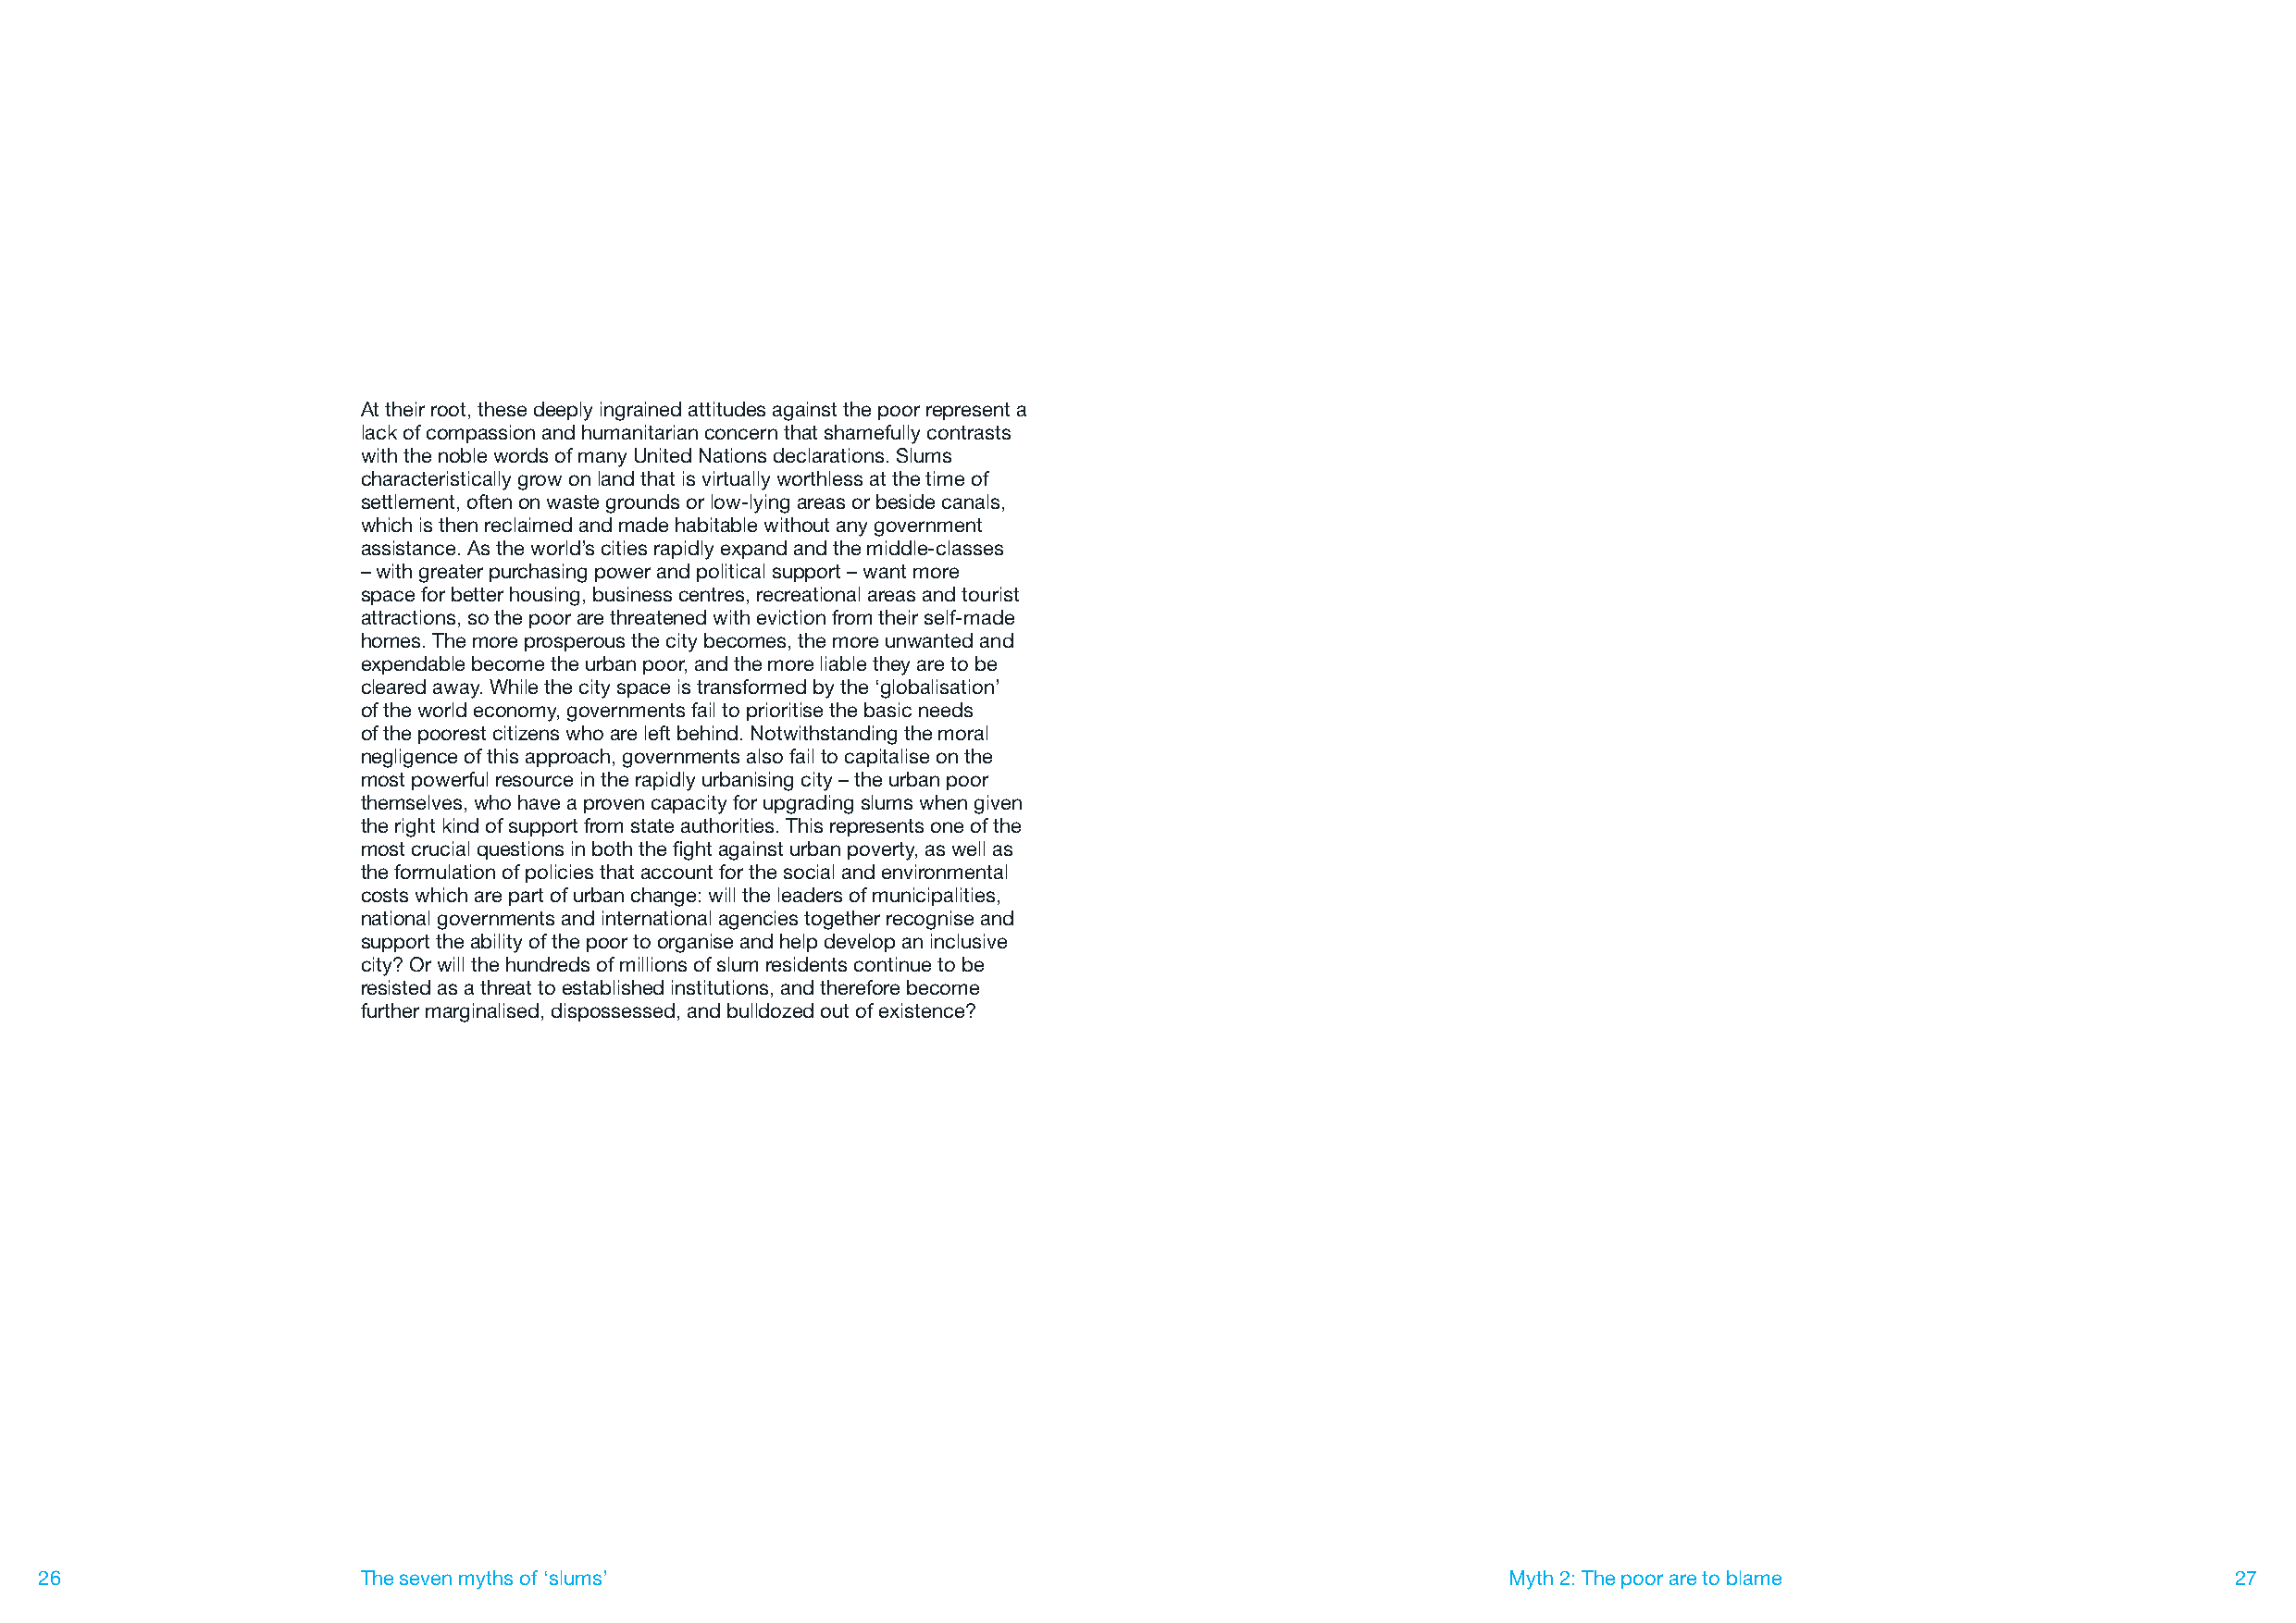
At their root, these deeply ingrained attitudes against the poor represent a
 lack of compassion and humanitarian concern that shamefully contrasts
 with the noble words of many United Nations declarations. Slums
 characteristically grow on land that is virtually worthless at the time of
 settlement, often on waste grounds or low-lying areas or beside canals,
 which is then reclaimed and made habitable without any government
 assistance. As the world’s cities rapidly expand and the middle-classes
 – with greater purchasing power and political support – want more
 space for better housing, business centres, recreational areas and tourist
 attractions, so the poor are threatened with eviction from their self-made
 homes. The more prosperous the city becomes, the more unwanted and
 expendable become the urban poor, and the more liable they are to be
 cleared away. While the city space is transformed by the ‘globalisation’
 of the world economy, governments fail to prioritise the basic needs
 of the poorest citizens who are left behind. Notwithstanding the moral
 negligence of this approach, governments also fail to capitalise on the
 most powerful resource in the rapidly urbanising city – the urban poor
 themselves, who have a proven capacity for upgrading slums when given
 the right kind of support from state authorities. This represents one of the
 most crucial questions in both the fight against urban poverty, as well as
 the formulation of policies that account for the social and environmental
 costs which are part of urban change: will the leaders of municipalities,
 national governments and international agencies together recognise and
 support the ability of the poor to organise and help develop an inclusive
 city? Or will the hundreds of millions of slum residents continue to be
 resisted as a threat to established institutions, and therefore become
 further marginalised, dispossessed, and bulldozed out of existence?
 26                     The seven myths of ‘slums’                                                        Myth 2: The poor are to blame                       27